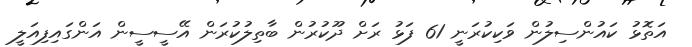
އަތޮޅު ކައުންސިލުން ވަކިކުރަނީ 61 ފަޅު ރަށް ދޫކުރުން ބާތިލުކުރަން އޭސީސީން އަންގައިފިއަލީ